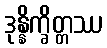
ဒုန္နိက္ခိတ္တဿ